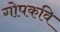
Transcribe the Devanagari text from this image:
गोपकवि